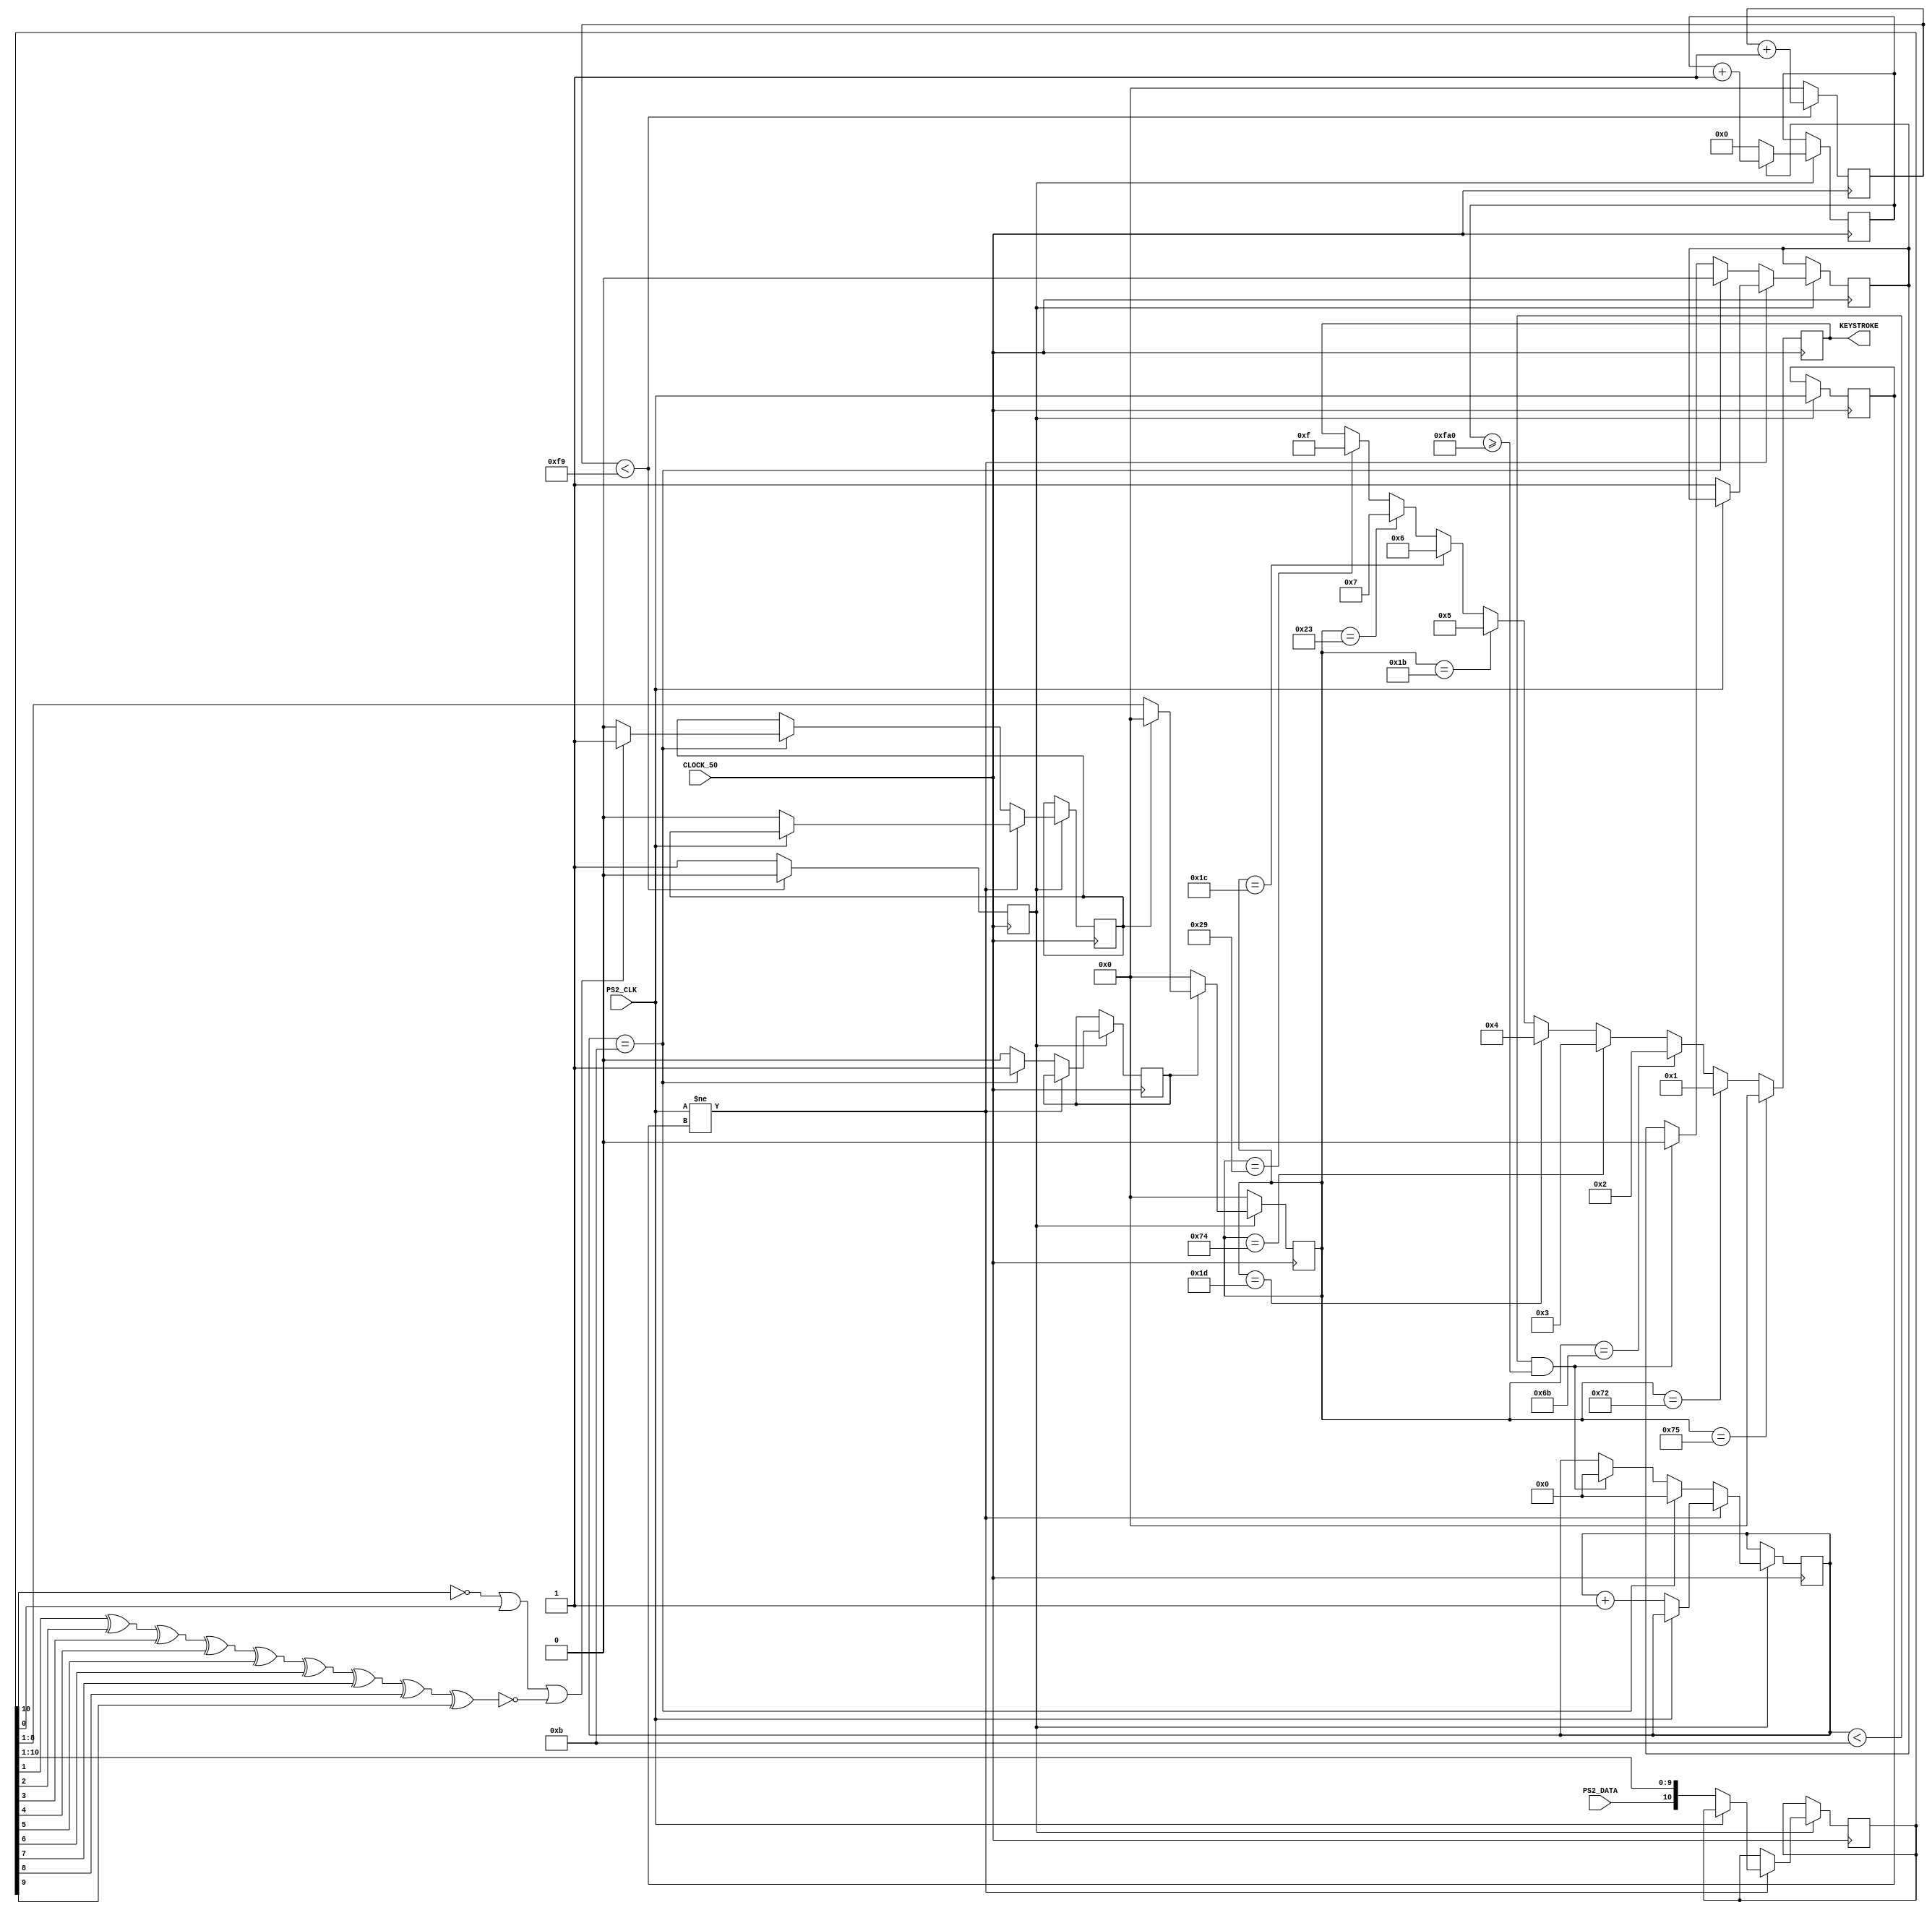
`timescale 1ns / 1ps

// This code was provided by India Gang ( https://www.instructables.com/id/PS2-Keyboard-for-FPGA/ )
// Go India Go!
// Jk but it's from that site, idk if the guy's acc in a gang called India Gang

module keyboard(
	input CLOCK_50,	//board clock
  	input PS2_CLK,	//keyboard clock and data signals
  	input PS2_DATA,
   	output reg [7:0] KEYSTROKE // Output the key that was pressed
   );

	// Valid inputs for Tron With Friends are Arrows and WASD
	wire [7:0] ARROW_UP = 8'h75;
	wire [7:0] ARROW_DOWN = 8'h72;
	wire [7:0] ARROW_LEFT = 8'h6B;
	wire [7:0] ARROW_RIGHT = 8'h74;
	wire [7:0] W = 8'h1D;
 	wire [7:0] A = 8'h1C;
 	wire [7:0] S = 8'h1B;
 	wire [7:0] D = 8'h23;
	wire [7:0] SPACE = 8'h29;

	reg read;				//this is 1 if still waits to receive more bits 
	reg [11:0] count_reading;		//this is used to detect how much time passed since it received the previous codeword
	reg PREVIOUS_STATE;			//used to check the previous state of the keyboard clock signal to know if it changed
	reg scan_err;				//this becomes one if an error was received somewhere in the packet
	reg [10:0] scan_code;			//this stores 11 received bits
	reg [7:0] CODEWORD;			//this stores only the DATA codeword
	reg TRIG_ARR;				//this is triggered when full 11 bits are received
	reg [3:0]COUNT;				//tells how many bits were received until now (from 0 to 11)
	reg TRIGGER = 0;			//This acts as a 250 times slower than the board clock. 
	reg [7:0]DOWNCOUNTER = 0;		//This is used together with TRIGGER - look the code

	//Set initial values
	initial begin
		PREVIOUS_STATE = 1;		
		scan_err = 0;		
		scan_code = 0;
		COUNT = 0;			
		CODEWORD = 0;
		read = 0;
		count_reading = 0;
		KEYSTROKE = 0;
	end

	always @(posedge CLOCK_50) begin				//This reduces the frequency 250 times
		if (DOWNCOUNTER < 249) begin			//and uses variable TRIGGER as the new board clock 
			DOWNCOUNTER <= DOWNCOUNTER + 1;
			TRIGGER <= 0;
		end
		else begin
			DOWNCOUNTER <= 0;
			TRIGGER <= 1;
		end
	end
	
	always @(posedge CLOCK_50) begin	
		if (TRIGGER) begin
			if (read)				//if it still waits to read full packet of 11 bits, then (read == 1)
				count_reading <= count_reading + 1;	//and it counts up this variable
			else 						//and later if check to see how big this value is.
				count_reading <= 0;			//if it is too big, then it resets the received data
		end
	end


	always @(posedge CLOCK_50) begin		
	if (TRIGGER) begin						//If the down counter (CLOCK_50/250) is ready
		if (PS2_CLK != PREVIOUS_STATE) begin			//if the state of Clock pin changed from previous state
			if (!PS2_CLK) begin				//and if the keyboard clock is at falling edge
				read <= 1;				//mark down that it is still reading for the next bit
				scan_err <= 0;				//no errors
				scan_code[10:0] <= {PS2_DATA, scan_code[10:1]};	//add up the data received by shifting bits and adding one new bit
				COUNT <= COUNT + 1;			//
			end
		end
		else if (COUNT == 11) begin				//if it already received 11 bits
			COUNT <= 0;
			read <= 0;					//mark down that reading stopped
			TRIG_ARR <= 1;					//trigger out that the full pack of 11bits was received
			//calculate scan_err using parity bit
			if (!scan_code[10] || scan_code[0] || !(scan_code[1]^scan_code[2]^scan_code[3]^scan_code[4]
				^scan_code[5]^scan_code[6]^scan_code[7]^scan_code[8]
				^scan_code[9]))
				scan_err <= 1;
			else 
				scan_err <= 0;
		end	
		else  begin						//if it yet not received full pack of 11 bits
			TRIG_ARR <= 0;					//tell that the packet of 11bits was not received yet
			if (COUNT < 11 && count_reading >= 4000) begin	//and if after a certain time no more bits were received, then
				COUNT <= 0;				//reset the number of bits received
				read <= 0;				//and wait for the next packet
			end
		end
	PREVIOUS_STATE <= PS2_CLK;					//mark down the previous state of the keyboard clock
	end
	end


	always @(posedge CLOCK_50) begin
		if (TRIGGER) begin					//if the 250 times slower than board clock triggers
			if (TRIG_ARR) begin				//and if a full packet of 11 bits was received
				if (scan_err) begin			//BUT if the packet was NOT OK
					CODEWORD <= 8'd0;		//then reset the codeword register
				end
				else begin
					CODEWORD <= scan_code[8:1];	//else drop down the unnecessary  bits and transport the 7 DATA bits to CODEWORD reg
				end				//notice, that the codeword is also reversed! This is because the first bit to received
			end					//is supposed to be the last bit in the codeword
			else CODEWORD <= 8'd0;				//not a full packet received, thus reset codeword
		end
		else CODEWORD <= 8'd0;					//no clock trigger, no data
	end

	// Controls for TurfWars
	  always @(posedge CLOCK_50) begin
	    if (CODEWORD == ARROW_UP)
	      KEYSTROKE <= 4'b0000;
	    else if (CODEWORD == ARROW_DOWN)
	      KEYSTROKE <= 4'b0001;
	    else if (CODEWORD == ARROW_LEFT)
	      KEYSTROKE <= 4'b0010;
	    else if (CODEWORD == ARROW_RIGHT)
	      KEYSTROKE <= 4'b0011;
	    else if (CODEWORD == W)
	      KEYSTROKE <= 4'b0100;
	    else if (CODEWORD == S)
	      KEYSTROKE <= 4'b0101;
	    else if (CODEWORD == A)
	      KEYSTROKE <= 4'b0110;
	    else if (CODEWORD == D)
	      KEYSTROKE <= 4'b0111;
	    else if (CODEWORD == SPACE)
	      KEYSTROKE <= 4'b1111;
		end
endmodule